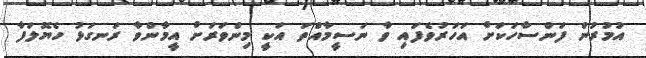
އުމުރުން ފަންސާހަކަށް އަހަރުވެފައި ވާ ނަސީމާއްތަ އަކީ މިންވަރަށް އީމާންވާ ރަނގަޅު ހެޔޮލަފާ